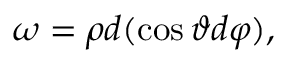
\omega = \rho d ( \cos \vartheta d \varphi ) ,